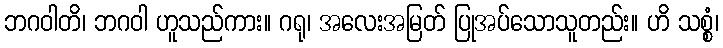
ဘဂဝါတိ၊ ဘဂဝါ ဟူသည်ကား။ ဂရု၊ အလေးအမြတ် ပြုအပ်သောသူတည်း။ ဟိ သစ္စံ၊